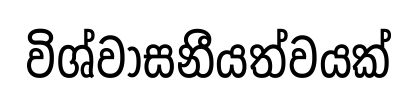
විශ්වාසනීයත්වයක්